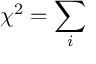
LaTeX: \chi ^ { 2 } = \sum _ { i }